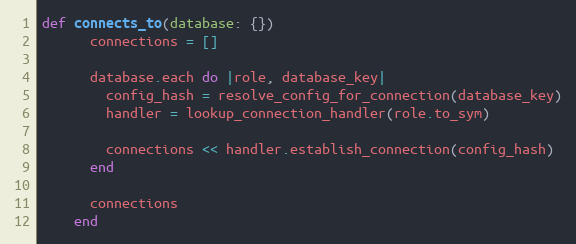
Language: Ruby
def connects_to(database: {})
      connections = []

      database.each do |role, database_key|
        config_hash = resolve_config_for_connection(database_key)
        handler = lookup_connection_handler(role.to_sym)

        connections << handler.establish_connection(config_hash)
      end

      connections
    end